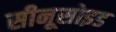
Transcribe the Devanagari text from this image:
सीनूसोइड